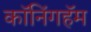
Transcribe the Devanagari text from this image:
कॉनिंगहॅम